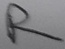
Text: R